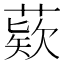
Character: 𦹔